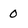
Character: 0